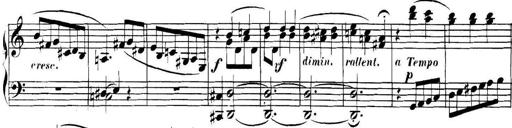
Title: Collected Piano Sonatas
Composer: Muzio Clementi